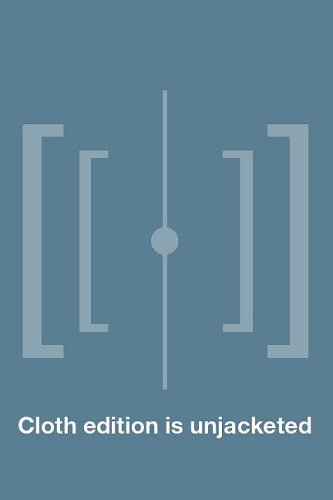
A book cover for Women and Experimental Filmmaking; Humor & Entertainment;